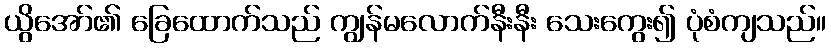
ယွိအော်၏ ခြေထောက်သည် ကျွန်မလောက်နီးနီး သေးကွေး၍ ပုံစံကျသည်။